Plague in India, 1896, 1897 - Volume 2
Year: 1896
Disease focus: Plague
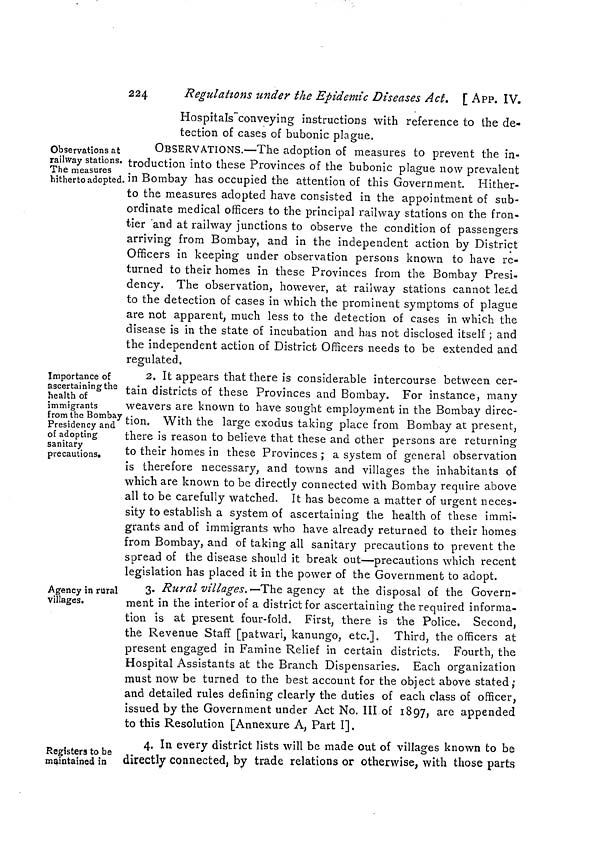
224
Regulations under the Epidemic Diseases Act. [ APP. IV.
Hospitals"conveying instructions with reference to the de-
tection of cases of bubonic plague.
Observations at
railway stations.
The measures
hitherto adopted.
OBSERVATIONS.—The adoption of measures to prevent the in-
troduction into these Provinces of the bubonic plague now prevalent
, in Bombay has occupied the attention of this Government. Hither-
to the measures adopted have consisted in the appointment of sub-
ordinate medical officers to the principal railway stations on the fron-
tier and at railway junctions to observe the condition of passengers
arriving from Bombay, and in the independent action by District
Officers in keeping under observation persons known to have re-
turned to their homes in these Provinces from the Bombay Presi-
dency. The observation, however, at railway stations cannot lead
to the detection of cases in which the prominent symptoms of plague
are not apparent, much less to the detection of cases in which the
disease is in the state of incubation and has not disclosed itself ; and
the independent action of District Officers needs to be extended and
regulated.
Importance of
ascertaining the
health of
immigrants
from the Bombaj
Presidency and
of adopting
sanitary
precautions.
2. It appears that there is considerable intercourse between cer-
tain districts of these Provinces and Bombay. For instance, many
weavers are known to have sought employment in the Bombay direc-
tion. With the large exodus taking place from Bombay at present,
there is reason to believe that these and other persons are returning
to their homes in these Provinces ; a system of general observation
is therefore necessary, and towns and villages the inhabitants of
which are known to be directly connected with Bombay require above
all to be carefully watched. It has become a matter of urgent neces-
sity to establish a system of ascertaining the health of these immi-
grants and of immigrants who have already returned to their homes
from Bombay, and of taking all sanitary precautions to prevent the
spread of the disease should it break out—precautions which recent
legislation has placed it in the power of the Government to adopt.
Agency in rural
villages.
3. Rural villages.—The agency at the disposal of the Govern-
ment in the interior of a district for ascertaining the required informa-
tion is at present four-fold. First, there is the Police, Second,
the Revenue Staff [patwari, kanungo, etc.]. Third, the officers at
present engaged in Famine Relief in certain districts. Fourth, the
Hospital Assistants at the Branch Dispensaries. Each organization
must now be turned to the best account for the object above stated;
and detailed rules defining clearly the duties of each class of officer,
issued by the Government under Act No. III of 1897, are appended
to this Resolution [Annexure A, Part I].
Registers to be
maintained in
4. In every district lists will be made out of villages known to be
directly connected, by trade relations or otherwise, with those parts